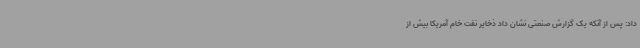
داد: پس از آنکه یک گزارش صنعتی نشان داد ذخایر نفت خام آمریکا بیش از